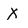
Character: X